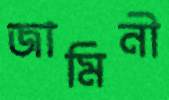
জামিনী